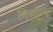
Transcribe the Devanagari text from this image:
निर्मा्ण